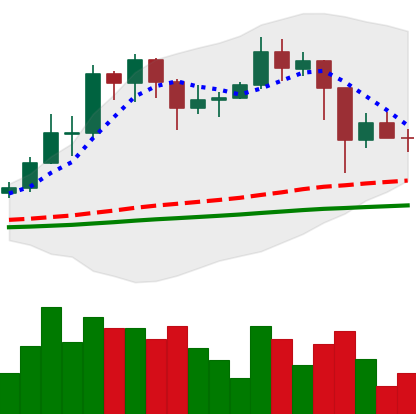
Ticker: TRX-USD
Chart end date: 2021-02-26
Forward return: 8.653%
Label: up_7plus